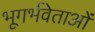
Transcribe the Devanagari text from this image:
भूगर्भवेताओं